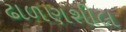
ઢાળણશીલ